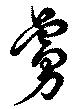
虜